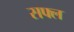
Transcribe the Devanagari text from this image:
सफ्ल